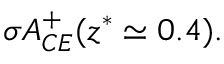
\sigma { \cal A } _ { C E } ^ { + } ( z ^ { * } \simeq 0 . 4 ) .